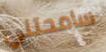
سامحتني